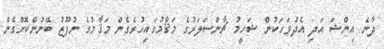
ދާނެ އިންޝަ އަދި އެދުވަހަކުން ޝަހީމު ޗާންސަލަރުގެ މަޤާމުގައިހުރެގެން މަޤާމުގެ ނުފޫޒު ބޭނުންކޮށްގެން